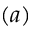
( a )